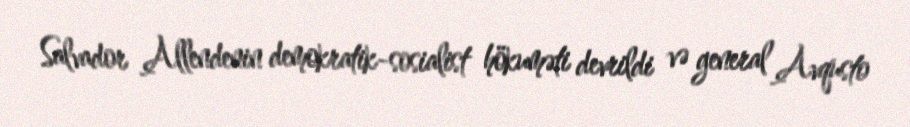
Salvador Allendenin demokratik-sosialist hökuməti devrildi və general Avqusto